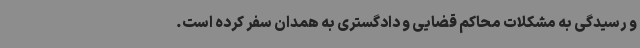
و رسیدگی به مشکلات محاکم قضایی و دادگستری به همدان سفر کرده است.